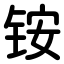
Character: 铵